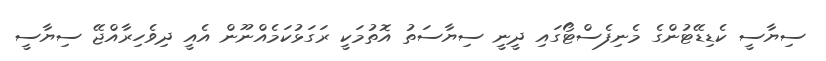
ސިޔާސީ ކެޑިޑޭޓުންގެ މެނިފެސްޓޯގައި ދީނީ ސިޔާސަތު އޮތުމަކީ ރަގަޅުކަމެއްނޫން އެއީ ދިވެހިރާއްޖޭ ސިޔާސީ